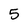
Character: 5